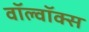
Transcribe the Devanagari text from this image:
वॉल्वॉक्स